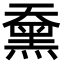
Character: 䵡